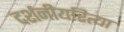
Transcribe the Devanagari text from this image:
दर्शनीयरित्या